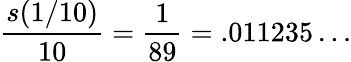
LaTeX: {\frac{s(1/10)}{10}}={\frac{1}{89}}=.011235\ldots